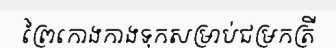
ព្រៃកោងកាងទុកសម្រាប់ជម្រកត្រី